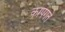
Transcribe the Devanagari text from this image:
कापगते